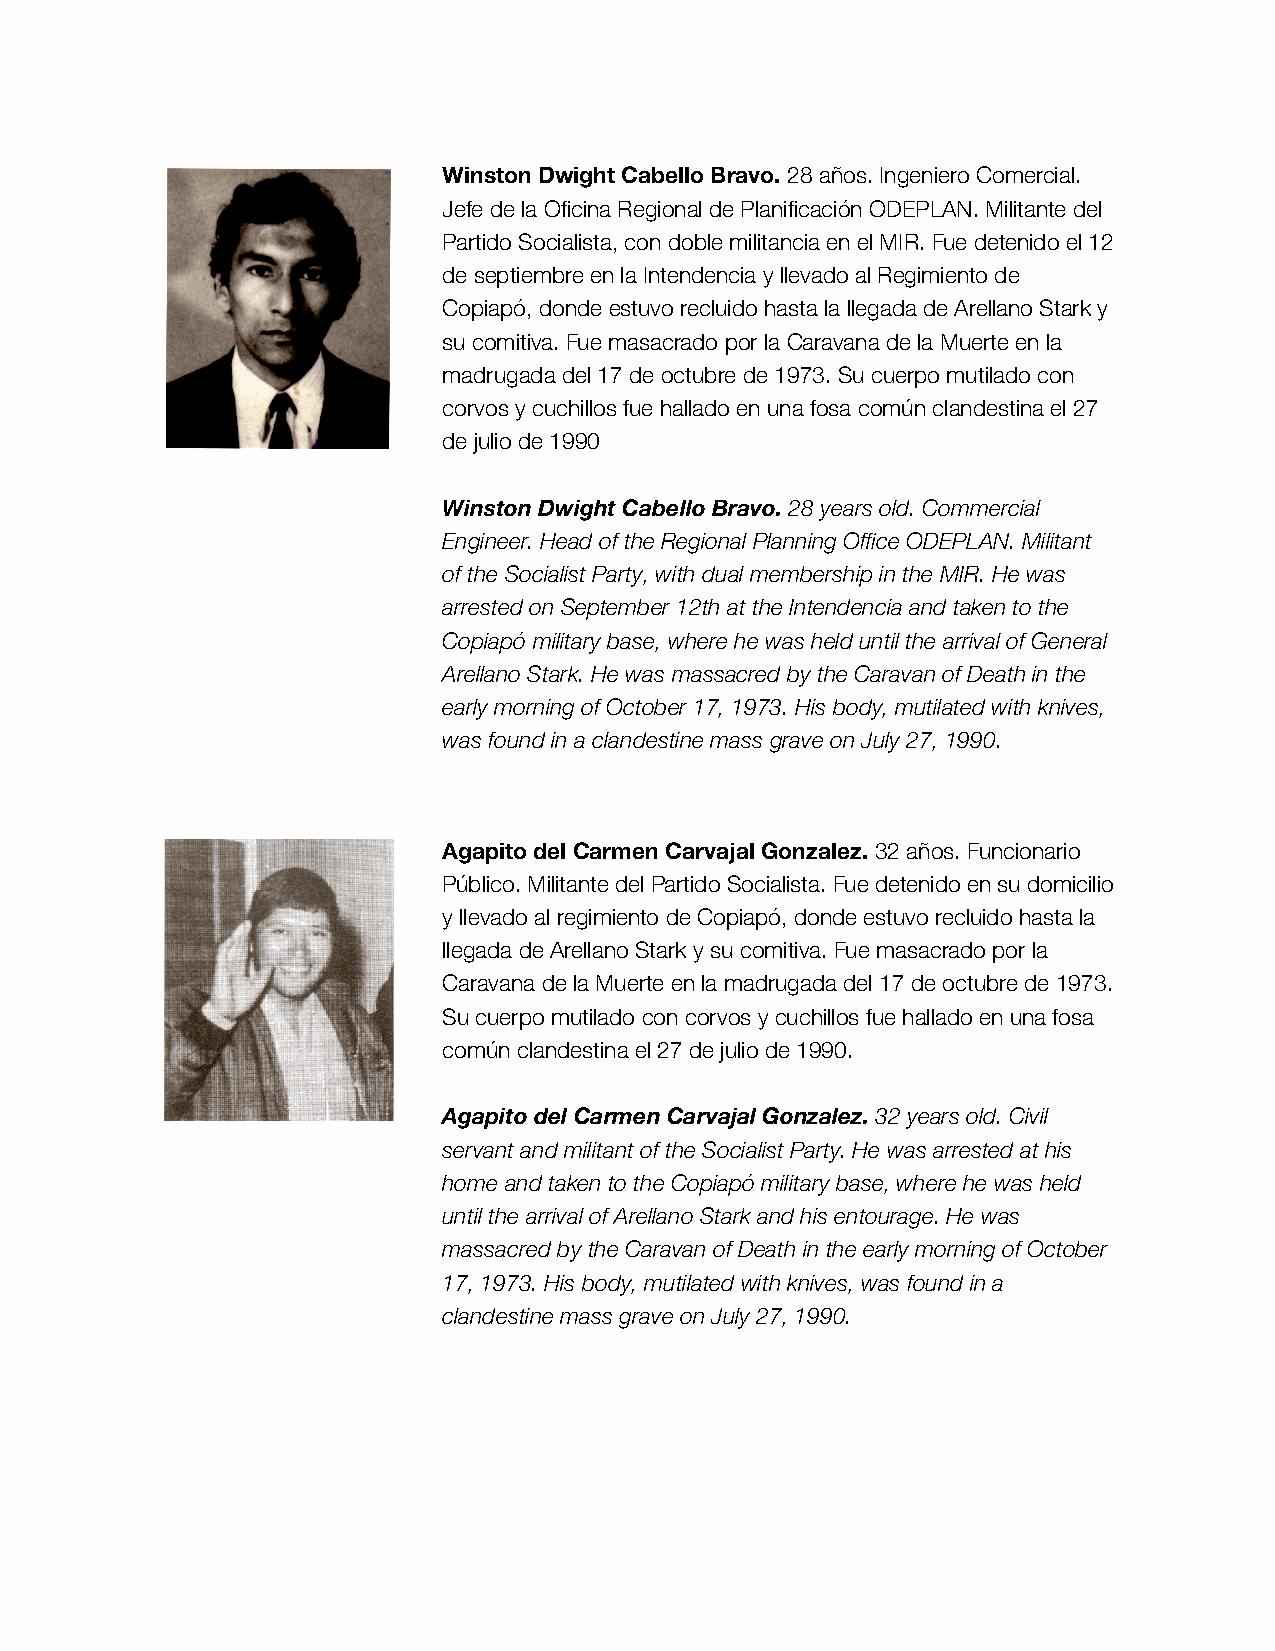
Winston Dwight Cabello Bravo. 28 años. Ingeniero Comercial.
 Jefe de la Oficina Regional de Planificación ODEPLAN. Militante del
 Partido Socialista, con doble militancia en el MIR. Fue detenido el 12
 de septiembre en la Intendencia y llevado al Regimiento de
 Copiapó, donde estuvo recluido hasta la llegada de Arellano Stark y
 su comitiva. Fue masacrado por la Caravana de la Muerte en la
 madrugada del 17 de octubre de 1973. Su cuerpo mutilado con
 corvos y cuchillos fue hallado en una fosa común clandestina el 27
 de julio de 1990
 Winston Dwight Cabello Bravo. 28 years old. Commercial
 Engineer. Head of the Regional Planning Office ODEPLAN. Militant
 of the Socialist Party, with dual membership in the MIR. He was
 arrested on September 12th at the Intendencia and taken to the
 Copiapó military base, where he was held until the arrival of General
 Arellano Stark. He was massacred by the Caravan of Death in the
 early morning of October 17, 1973. His body, mutilated with knives,
 was found in a clandestine mass grave on July 27, 1990.
 Agapito del Carmen Carvajal Gonzalez. 32 años. Funcionario
 Público. Militante del Partido Socialista. Fue detenido en su domicilio
 y llevado al regimiento de Copiapó, donde estuvo recluido hasta la
 llegada de Arellano Stark y su comitiva. Fue masacrado por la
 Caravana de la Muerte en la madrugada del 17 de octubre de 1973.
 Su cuerpo mutilado con corvos y cuchillos fue hallado en una fosa
 común clandestina el 27 de julio de 1990.
 Agapito del Carmen Carvajal Gonzalez. 32 years old. Civil
 servant and militant of the Socialist Party. He was arrested at his
 home and taken to the Copiapó military base, where he was held
 until the arrival of Arellano Stark and his entourage. He was
 massacred by the Caravan of Death in the early morning of October
 17, 1973. His body, mutilated with knives, was found in a
 clandestine mass grave on July 27, 1990.